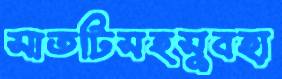
সাতটিসহসুবহা